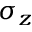
\sigma _ { z }